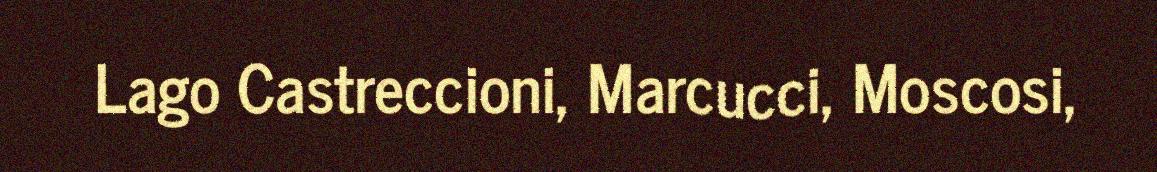
Lago Castreccioni, Marcucci, Moscosi,